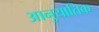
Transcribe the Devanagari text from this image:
आनुयातिक